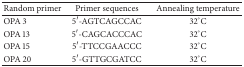
| Random primer | Primer sequences | Annealing temperature |
 | --- | --- | --- |
 | OPA 3 | 5′-AGTCAGCCAC | 32°C |
 | OPA 13 | 5′-CAGCACCCAC | 32°C |
 | OPA 15 | 5′-TTCCGAACCC | 32°C |
 | OPA 20 | 5′-GTTGCGATCC | 32°C |